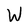
Character: W